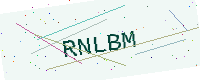
Text: RNLBM